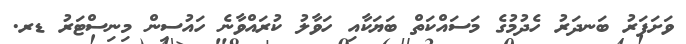
ވަށަފަރު ބަނދަރު ހެދުމުގެ މަސައްކަތް ބަޔަކާއި ހަވާލު ކުރައްވާނެ ހައުސިން މިނިސްޓަރު ޑރ.